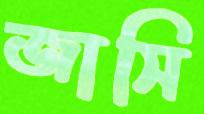
জাসি